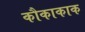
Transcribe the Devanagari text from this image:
कौकाकाक